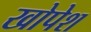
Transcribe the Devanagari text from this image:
खोपेश